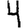
Digit: 4